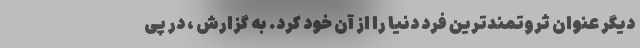
دیگر عنوان ثروتمندترین فرد دنیا را از آن خود کرد. به گزارش ، در پی